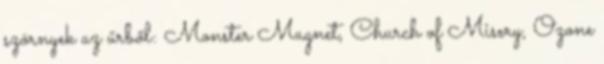
szörnyek az űrből: Monster Magnet, Church of Misery, Ozone